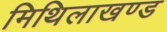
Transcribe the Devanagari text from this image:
मिथिलाखण्ड